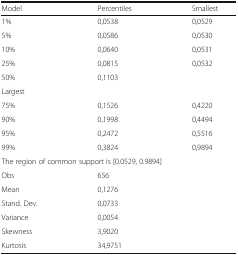
<table><thead><tr><td><b>Model</b></td><td><b>Percentiles</b></td><td><b>Smallest</b></td></tr></thead><tbody><tr><td>1%</td><td>0,0538</td><td>0,0529</td></tr><tr><td>5%</td><td>0,0586</td><td>0,0530</td></tr><tr><td>10%</td><td>0,0640</td><td>0,0531</td></tr><tr><td>25%</td><td>0,0815</td><td>0,0532</td></tr><tr><td>50%</td><td>0,1103</td><td></td></tr><tr><td colspan="3">Largest</td></tr><tr><td>75%</td><td>0,1526</td><td>0,4220</td></tr><tr><td>90%</td><td>0,1998</td><td>0,4494</td></tr><tr><td>95%</td><td>0,2472</td><td>0,5516</td></tr><tr><td>99%</td><td>0,3824</td><td>0,9894</td></tr><tr><td colspan="3">The region of common support is [0.0529, 0.9894]</td></tr><tr><td>Obs</td><td>656</td><td></td></tr><tr><td>Mean</td><td>0,1276</td><td></td></tr><tr><td>Stand. Dev.</td><td>0,0733</td><td></td></tr><tr><td>Variance</td><td>0,0054</td><td></td></tr><tr><td>Skewness</td><td>3,9020</td><td></td></tr><tr><td>Kurtosis</td><td>34,9751</td><td></td></tr></tbody></table>